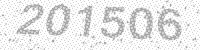
Solution: 201506